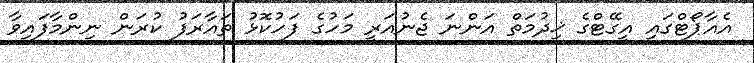
އެއާޕޯޓްގައި އީގޭޓްގެ ޚިދުމަތް އަންނަ ޖެނުއަރީ މަހުގެ ފަހުކޮޅު ތައާރަފު ކުރަން ނިންމާފައިވާ